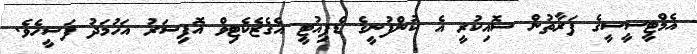
އެމްޓީސީސީގެ ފަރާތުން ސޮއިކުރީ އެ ކުންފުނީގެ ޑެޕިއުޓީ އެގެޒެކެޓިވް އޮފިސަރު އަހުމަދު ފަސީހެވެ.